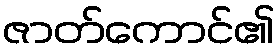
ဇာတ်ကောင်၏